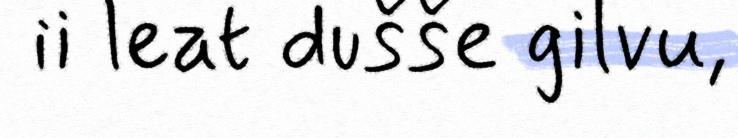
ii leat dušše gilvu,